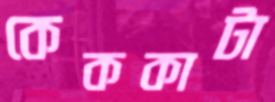
কেককাটা